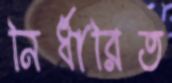
নির্ধারিত